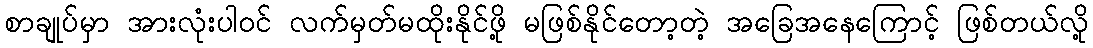
စာချုပ်မှာ အားလုံးပါဝင် လက်မှတ်မထိုးနိုင်ဖို့ မဖြစ်နိုင်တော့တဲ့ အခြေအနေကြောင့် ဖြစ်တယ်လို့